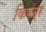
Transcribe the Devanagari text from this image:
किउम्र